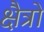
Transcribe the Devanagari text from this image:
क्षैत्रो